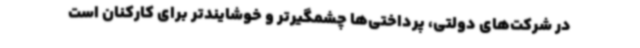
در شرکت‌های دولتی، پرداختی‌ها چشمگیرتر و خوشایندتر برای کارکنان است